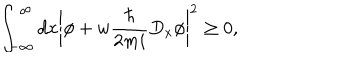
\int _ { - \infty } ^ { \infty } d x \left| \phi + w \frac { \hbar } { 2 m i } D _ { x } \phi \right| ^ { 2 } \ge 0 ,